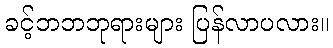
ခင့်ဘဘဘုရားများ ပြန်လာပလား။